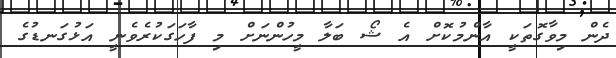
ދެން މިވާގޮތަކީ އާންމުކޮށް އެ ޝޯ ބަލާ މީހުންނަށް މި ފާހަގަކުރެވެނީ އަޅުގަނޑުގެ